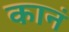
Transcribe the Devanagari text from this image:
कानं